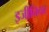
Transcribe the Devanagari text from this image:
इजीनियर